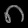
Digit: ၈